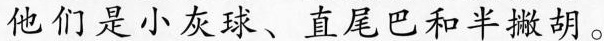
他们是小灰球、直尾巴和半撇胡。